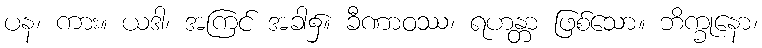
ပန၊ ကား။ ယဒါ၊ အကြင် အခါ၌။ ခီဏာဝဿ၊ ရဟန္တာ ဖြစ်သော။ ဘိက္ခုနော၊